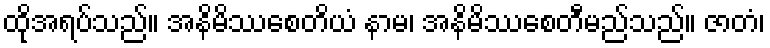
ထိုအရပ်သည်။ အနိမိဿစေတိယံ နာမ၊ အနိမိဿစေတီမည်သည်။ ဇာတံ၊